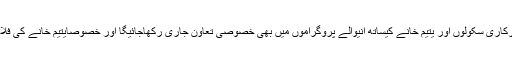
ایس آر ایس پی کے پروگرام کوآرڈینیٹر نثار احمد خان نے کہا کہ سرکاری سکولوں اور یتیم خانے کیساتھ آنیوالے پروگراموں میں بھی خصوصی تعاون جاری رکھاجائیگا اور خصوصاًیتیم خانے کی فلاح و بہبود کیلئے ڈونرز کی سطح پر بھی ہم بات چیت کی جائے گی۔